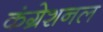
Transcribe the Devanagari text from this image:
कंग्रेशनल